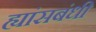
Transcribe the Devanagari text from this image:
ह्यांसबंधी